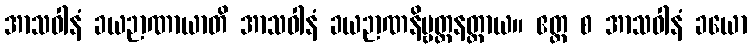
အာသဝါနံ ခယဉာဏာယာတိ အာသဝါနံ ခယဉာဏနိဗ္ဗတ္တနတ္ထာယ။ ဧတ္ထ စ အာသဝါနံ ခယော